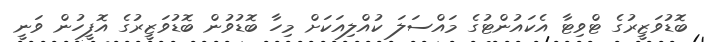
ބޮޑުވަޒީރުގެ ޓްވިޓާ އެކައުންޓުގެ މައްސަލަ ކުއްލިއަކަށް މިހާ ބޮޑުވުން ބޮޑުވަޒީރުގެ އޮފީހުން ވަނީ